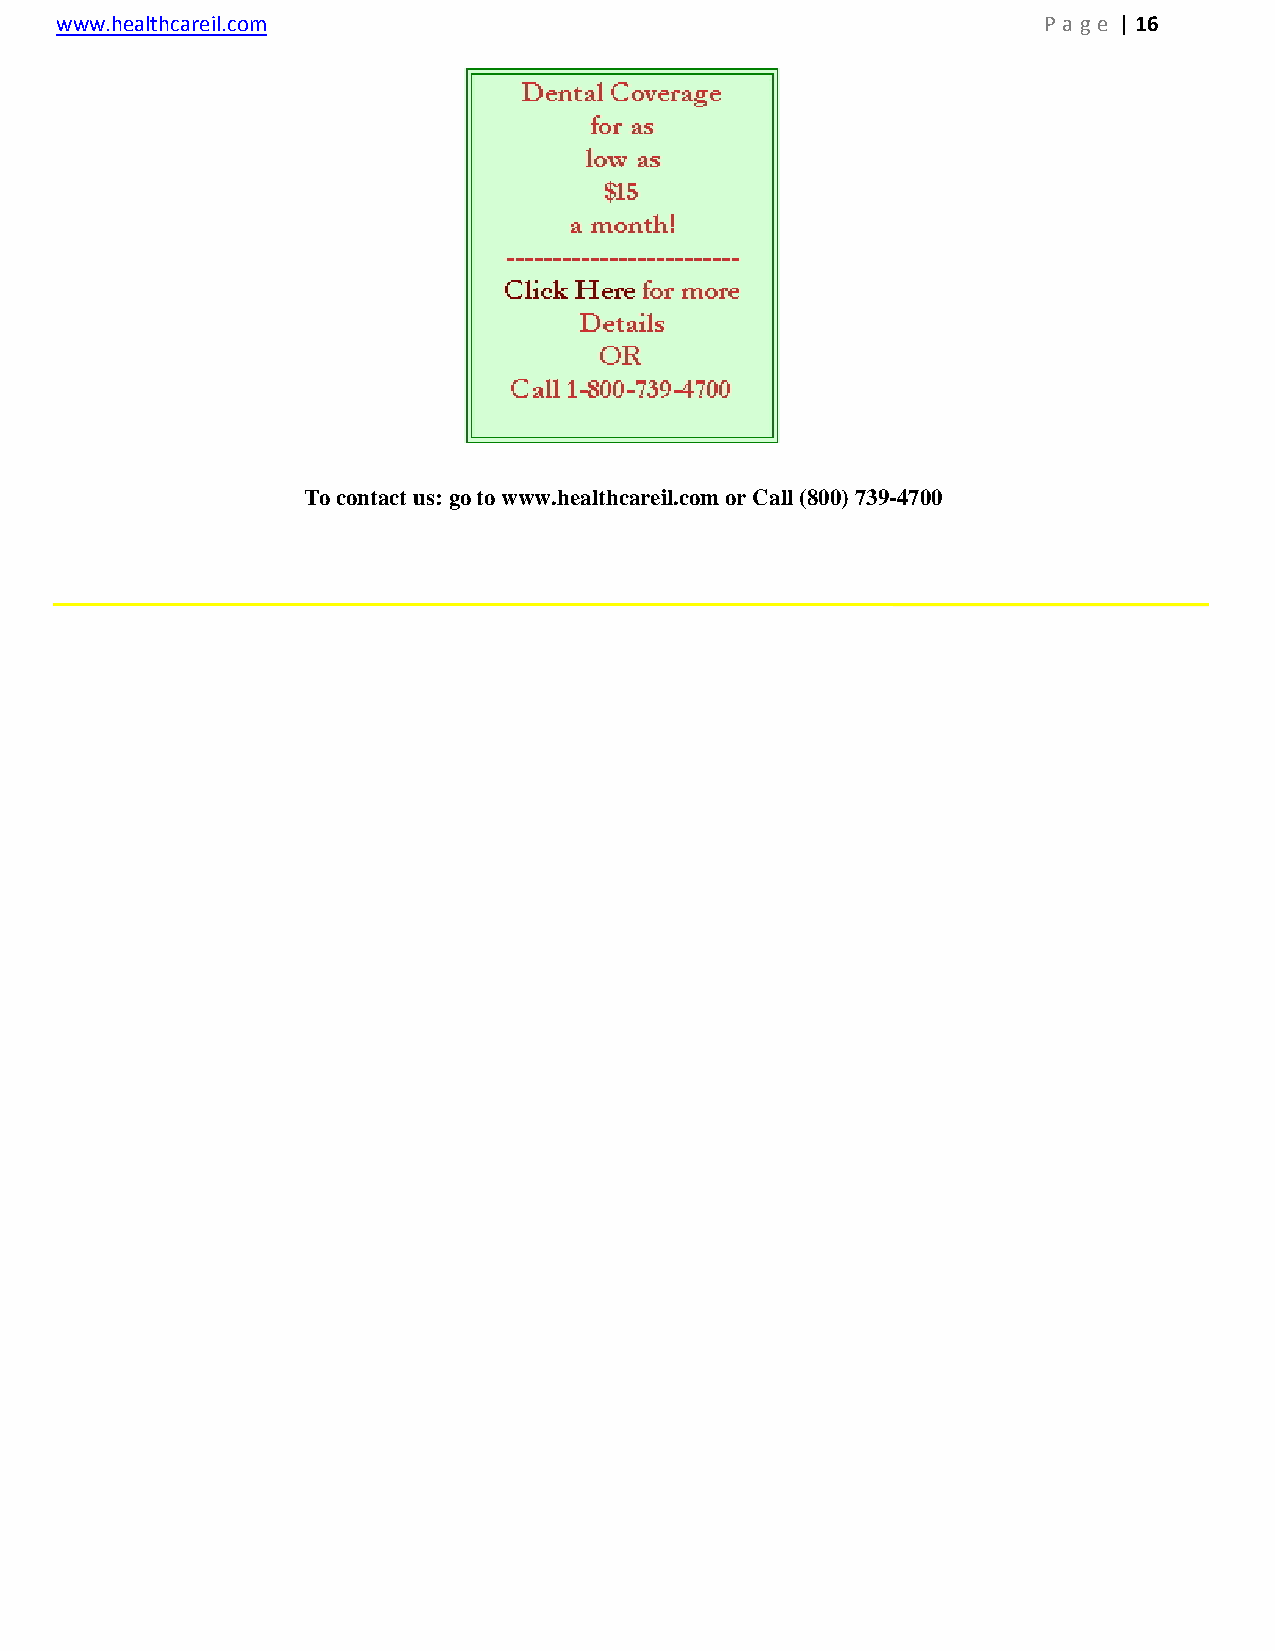
www.healthcareil.com                                             P a g e | 16
 To contact us: go to www.healthcareil.com or Call (800) 739-4700